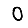
Digit: 0